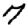
Digit: 7